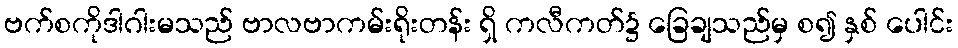
ဗက်စကိုဒါဂါးမသည် ဗာလဗာကမ်းရိုးတန်း ရှိ ကလီကတ်၌ ခြေချသည်မှ စ၍ နှစ် ပေါင်း